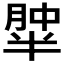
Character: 𰮹